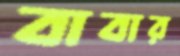
বাবার